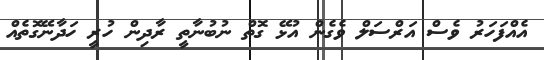
އެއްފަހަރު ވެސް އަރްސަލް ވެގެން އުޅޭ ގޮތް ނުބުނާތީ ރާދިން ހުރީ ހަދާނޭގޮތެއް